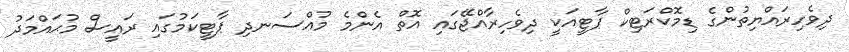
ދިވެހިރައްޔިތުންގެ ޑިމޮކްރަޓިކް ޕާޓީއަކީ ދިވެހިރާއްޖޭގައި އޮތް އެންމެ މުއްސަނދި ޕާޓީކަމުގައި ރައީސް މުޙައްމަދު